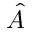
\hat { A }